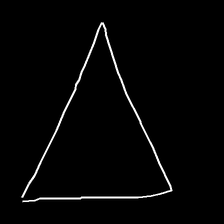
Glyph: convergence